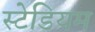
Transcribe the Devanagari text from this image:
स्‍टेडियम